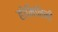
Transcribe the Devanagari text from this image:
होमिनिनी